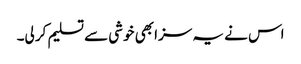
اس نے یہ سزا بھی خوشی سے تسلیم کر لی۔